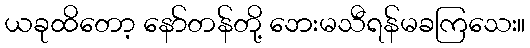
ယခုထိတော့ နော်တန်တို့ ဘေးမသီရန်မခကြသေး။